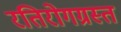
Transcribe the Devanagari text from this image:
रतिरोगग्रस्त